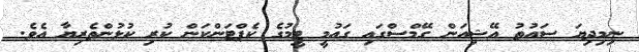
ނިމިދިޔަ ސައުތު އޭޝިއަން ގޭމްސްގައި ގައުމީ ޓީމުގެ ކެޕްޓަންކަން ކުރި ކުޅުންތެރިޔާ އެވެ.